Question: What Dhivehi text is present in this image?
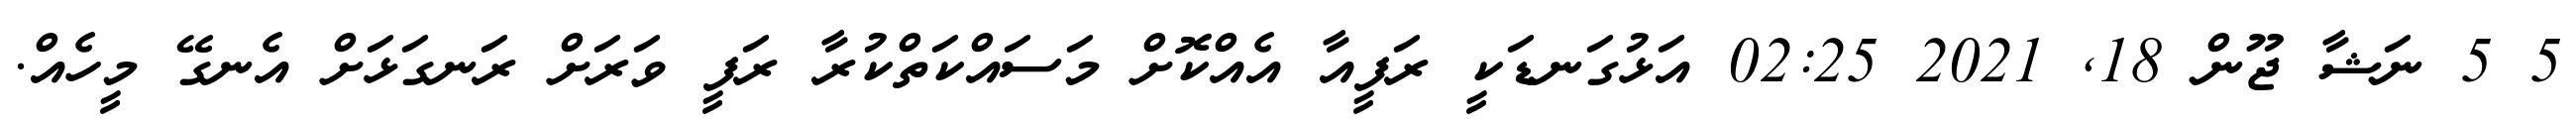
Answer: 5 5 ނަޝާ ޖޫން 18, 2021 02:25 އަޅުގަނޑަކީ ރަފީއާ އެއްކޮށް މަސައްކަތްކުރާ ރަފީ ވަރަށް ރަނގަޅަށް އެނގޭ މީހެއް.